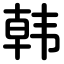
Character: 韩